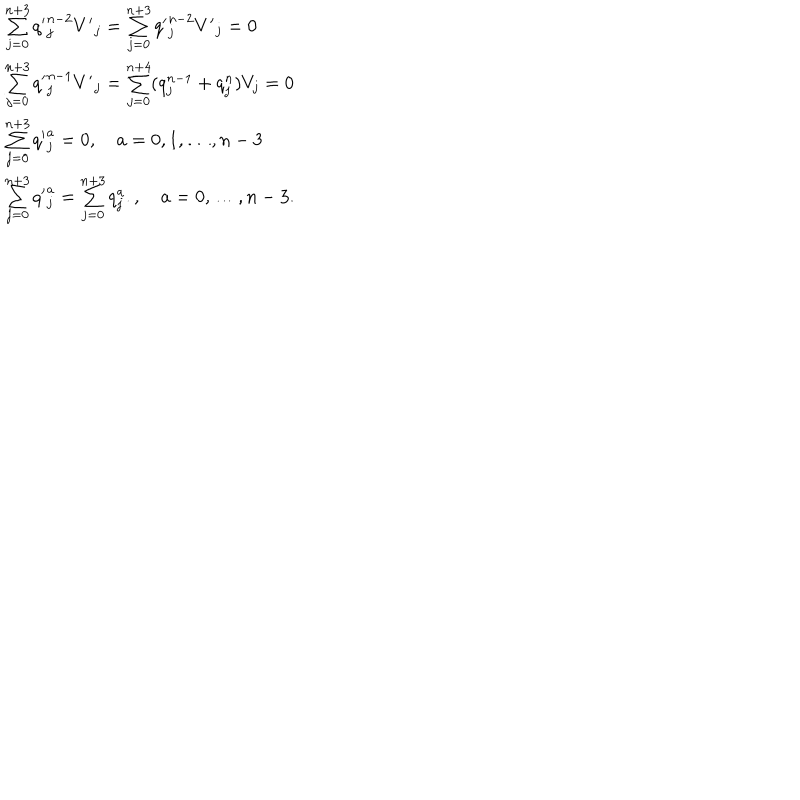
\begin{array} { l c r } { { \sum _ { j = 0 } ^ { n + 3 } { q ^ { \prime } } _ { j } ^ { n - 2 } { V ^ { \prime } } _ { j } = \sum _ { j = 0 } ^ { n + 3 } { q ^ { \prime } } _ { j } ^ { n - 2 } { V ^ { \prime } } _ { j } = 0 } } \\ { { \sum _ { j = 0 } ^ { n + 3 } { q ^ { \prime } } _ { j } ^ { n - 1 } { V ^ { \prime } } _ { j } = \sum _ { j = 0 } ^ { n + 4 } ( q _ { j } ^ { n - 1 } + q _ { j } ^ { n } ) V _ { j } = 0 } } \\ { { \sum _ { j = 0 } ^ { n + 3 } { q ^ { \prime } } _ { j } ^ { a } = 0 , \quad a = 0 , 1 , \ldots , n - 3 } } \\ { { \sum _ { j = 0 } ^ { n + 3 } { q ^ { \prime } } _ { j } ^ { a } = \sum _ { j = 0 } ^ { n + 3 } q _ { j } ^ { a } . , \quad a = 0 , \ldots , n - 3 . } } \\ \end{array}